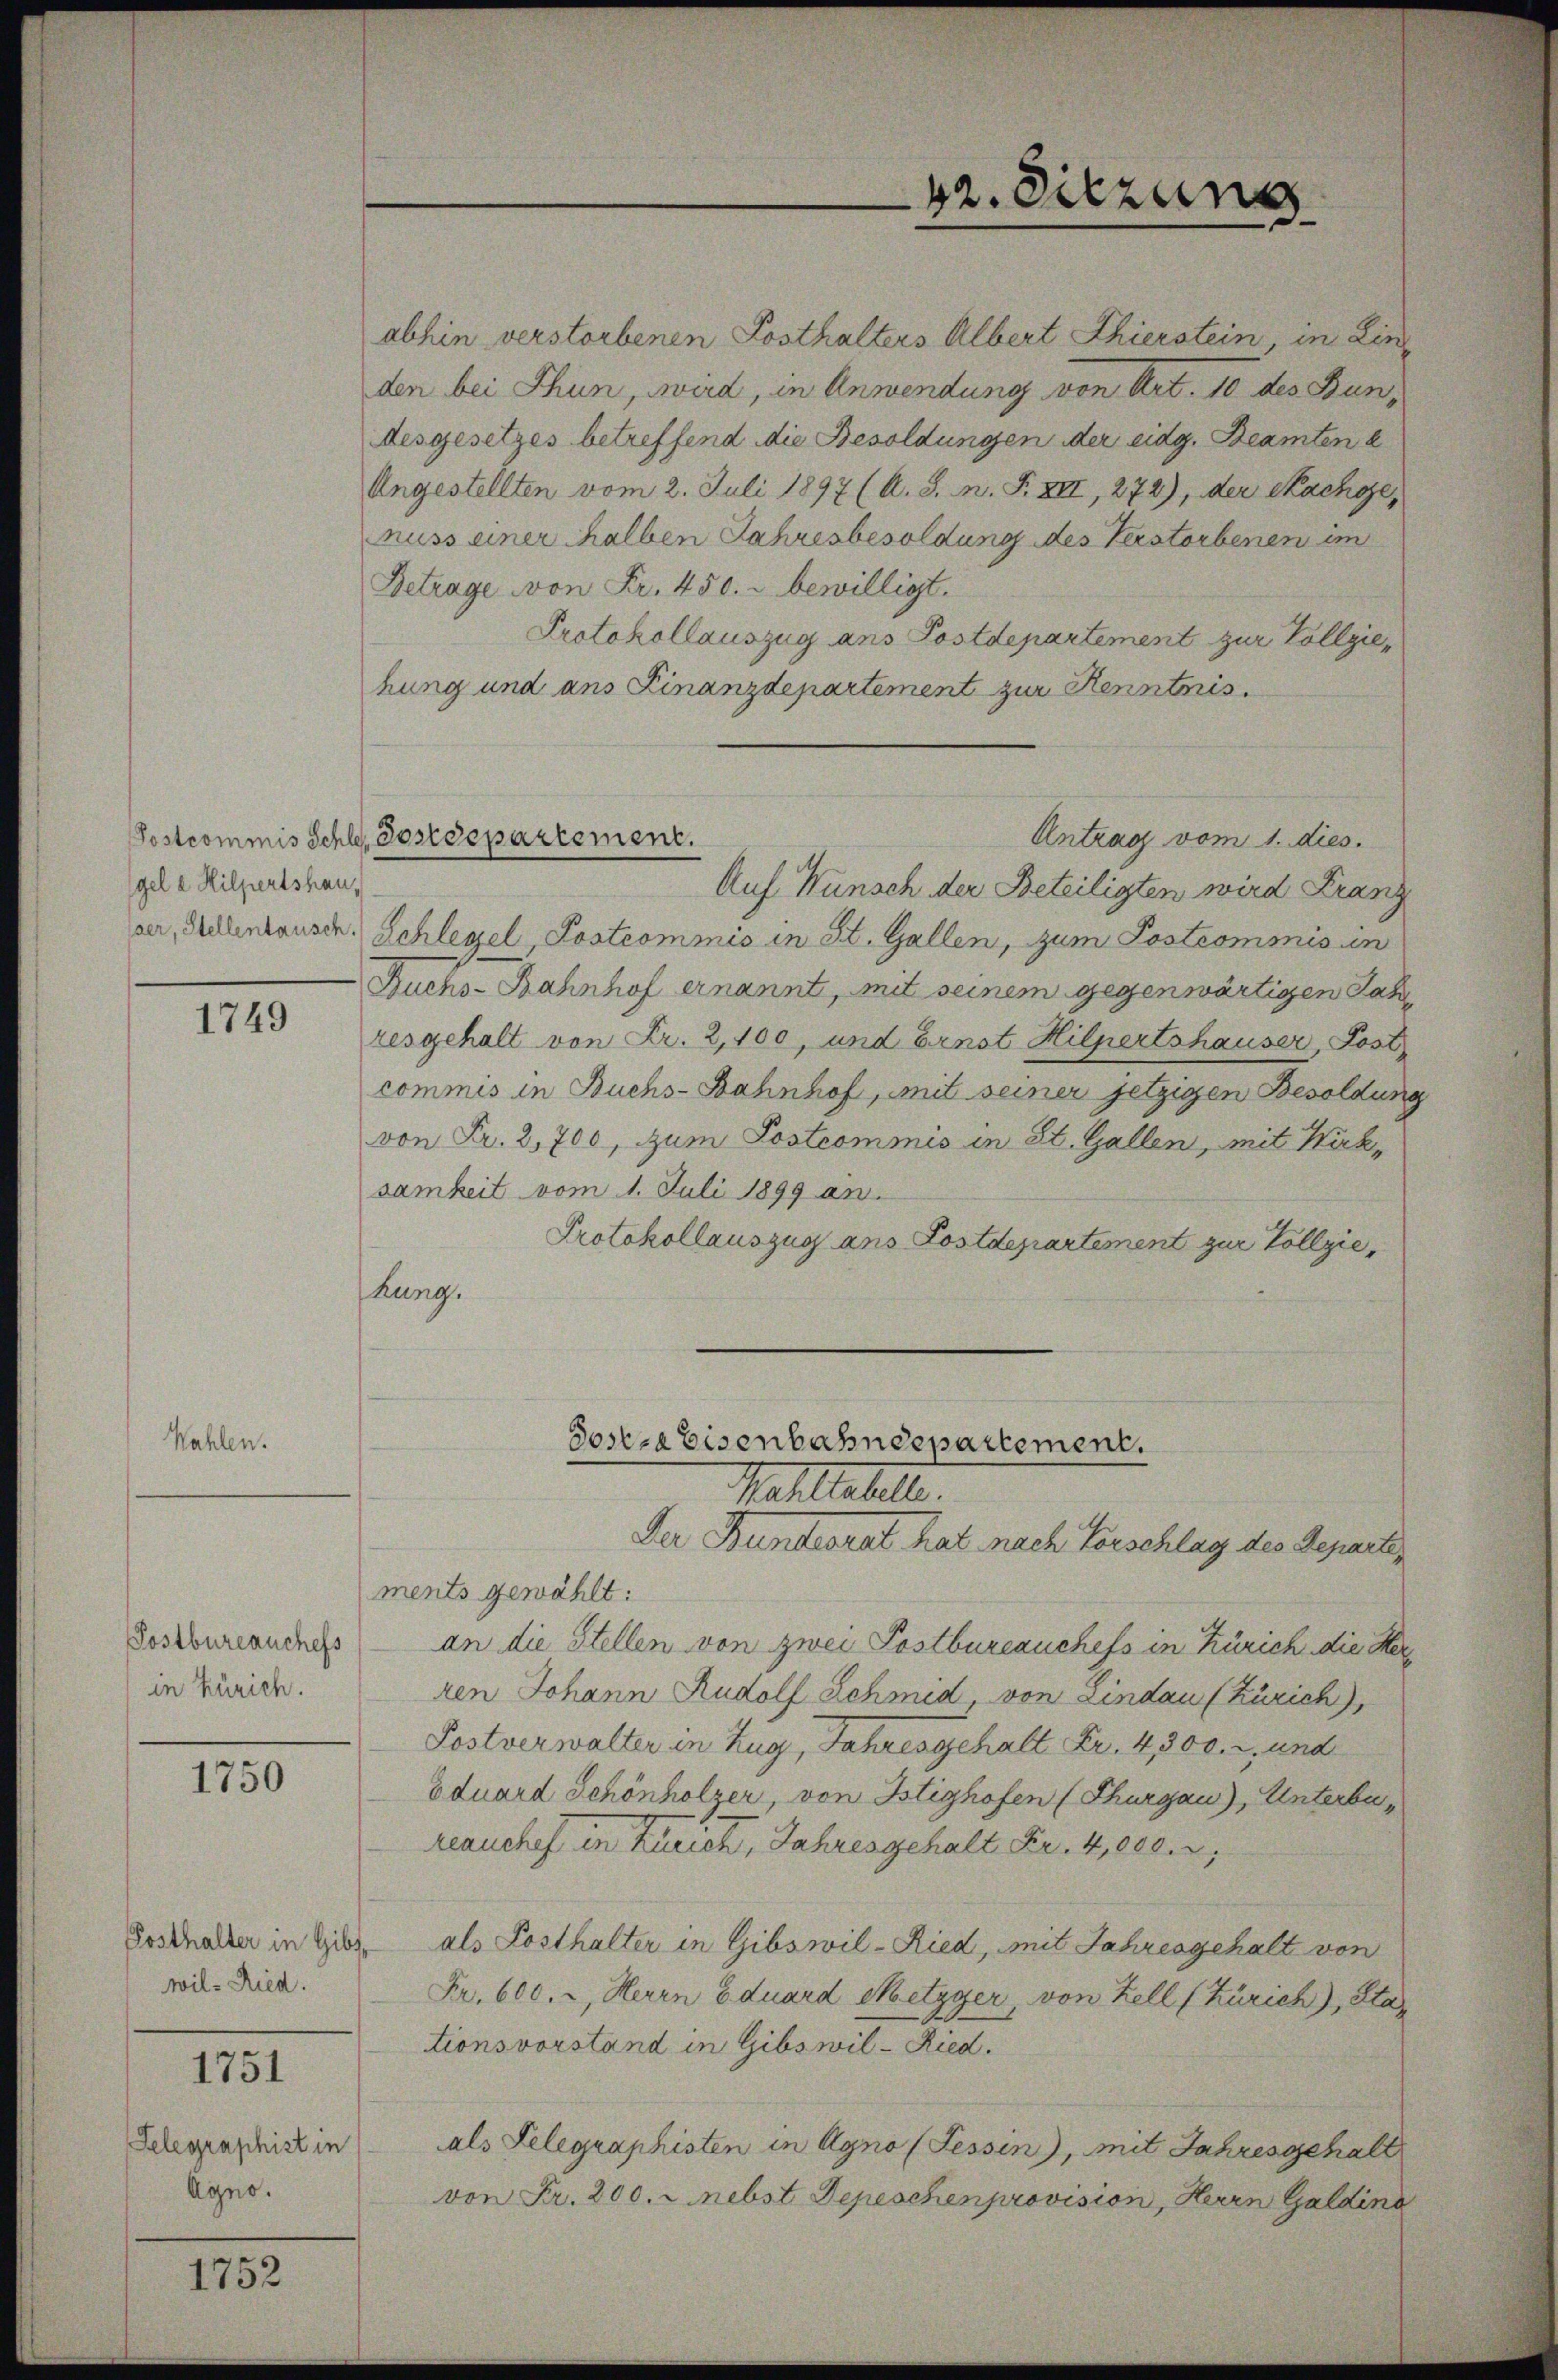
gel a Hilpertshau

1749

Wahle

Postbureauchefs
in Zürich.

110

Posthalter in Gibswil-Ried.

1751

Telegraphist in
Agno.

1752

abhin verstorbenen Posthalters Albert Thierstein in Lin
den bei Thun, wird, in Anwendung von Art. 10 des Bundesgesetzes betreffend die Besoldungen der eidg. Beamten d
Ungestellten vom 2. Juli 1897 (A. S. n. F. XII, 272), der Sachose,
nuss einer halben Jahresbesoldung des Verstorbenen im
Betrage von Fr. 450. r bewilligt.
Protokollauszug ans Postdepartement zur Vollziehung und ans Finanzdepartement zur Kenntoris.
Auf Wunsch der Beteiligten wird Franz
ser, Salintausch. Schlegel, Postcommis in St. Gallen, zum Postcomonis in
Buchs-Bahnhof ernannt, mit seinem gegenwärtigen Jah
resgehalt von Fr. 2,400, und Ernst Hilpertshauser, Kost
commis in Buchs-Bahnhof, mit seiner jetzigen Besoldung
von Fr. 2,700, zum Postcommis in St. Gallen, mit Kirksamkeit vom 1. Juli 1899 an.
Protokollauszug ans Postdepartement zur Vollzie
hung.

Postcommis Schle, Josedepartement.

Der Bundesrat hat nach Vorschlag des Departen
ments gewählt:
an die Stellen von zwei Postbureauchefs in Zürich die Herren Johann Rudolf Schmid, von Lindau (Zürich),
Postverwalter in Zug, Jahresgehalt Fr. 4300. 2. und
Eduard Schönholzer, von Istighofen (Thurgau), Unterbareanchef in der eine er, Jahresgehalt Fr. 4,000
als Posthalter in Gibswil-Ried, mit Jahresgehalt von
Fr. 600. r, Herrn Eduard Metzger, von Zell (Zürich), Sta
tionsvorstand in Gibswil-Ried.
als Telegraphisten in Agno (Tessin), mit Jahresgehalt
von Fr. 200. c. nebst Depeschenprovision, Herrn Goldina

Sostra Eisenbahndepartement.
Mahltahelt.

42. Sitzung

Antrag vom 1. dies.